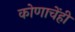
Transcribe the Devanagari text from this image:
कोणाचेंही